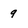
Character: 9